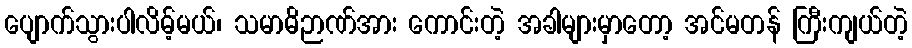
ပျောက်သွားပါလိမ့်မယ်၊ သမာဓိဉာဏ်အား ကောင်းတဲ့ အခါများမှာတော့ အင်မတန် ကြီးကျယ်တဲ့